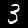
Digit: 3